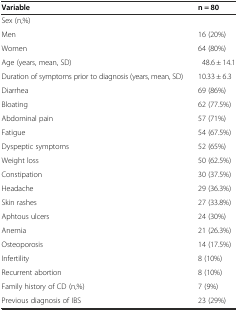
| Variable | n = 80 |
 | --- | --- |
 | Sex (n,%) |  |
 | Men | 16 (20%) |
 | Women | 64 (80%) |
 | Age (years, mean, SD) | 48.6 ± 14.1 |
 | Duration of symptoms prior to diagnosis (years, mean, SD) | 10.33 ± 6.3 |
 | Diarrhea | 69 (86%) |
 | Bloating | 62 (77.5%) |
 | Abdominal pain | 57 (71%) |
 | Fatigue | 54 (67.5%) |
 | Dyspeptic symptoms | 52 (65%) |
 | Weight loss | 50 (62.5%) |
 | Constipation | 30 (37.5%) |
 | Headache | 29 (36.3%) |
 | Skin rashes | 27 (33.8%) |
 | Aphtous ulcers | 24 (30%) |
 | Anemia | 21 (26.3%) |
 | Osteoporosis | 14 (17.5%) |
 | Infertility | 8 (10%) |
 | Recurrent abortion | 8 (10%) |
 | Family history of CD (n,%) | 7 (9%) |
 | Previous diagnosis of IBS | 23 (29%) |